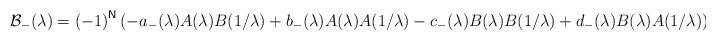
LaTeX: \begin{align*}\mathcal{B}_{-}(\lambda )=\left( -1\right) ^{\mathsf{N}}(-a_{-}(\lambda)A(\lambda )B(1/\lambda )+b_{-}(\lambda )A(\lambda )A(1/\lambda)-c_{-}(\lambda )B(\lambda )B(1/\lambda )+d_{-}(\lambda )B(\lambda)A(1/\lambda )),\end{align*}